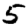
Digit: 5